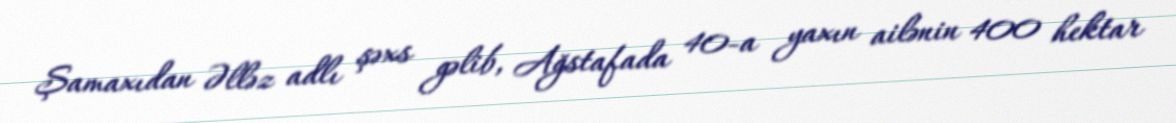
Şamaxıdan Əlləz adlı şəxs gəlib, Ağstafada 40-a yaxın ailənin 400 hektar